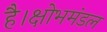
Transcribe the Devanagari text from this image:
है।क्षोभमंडल